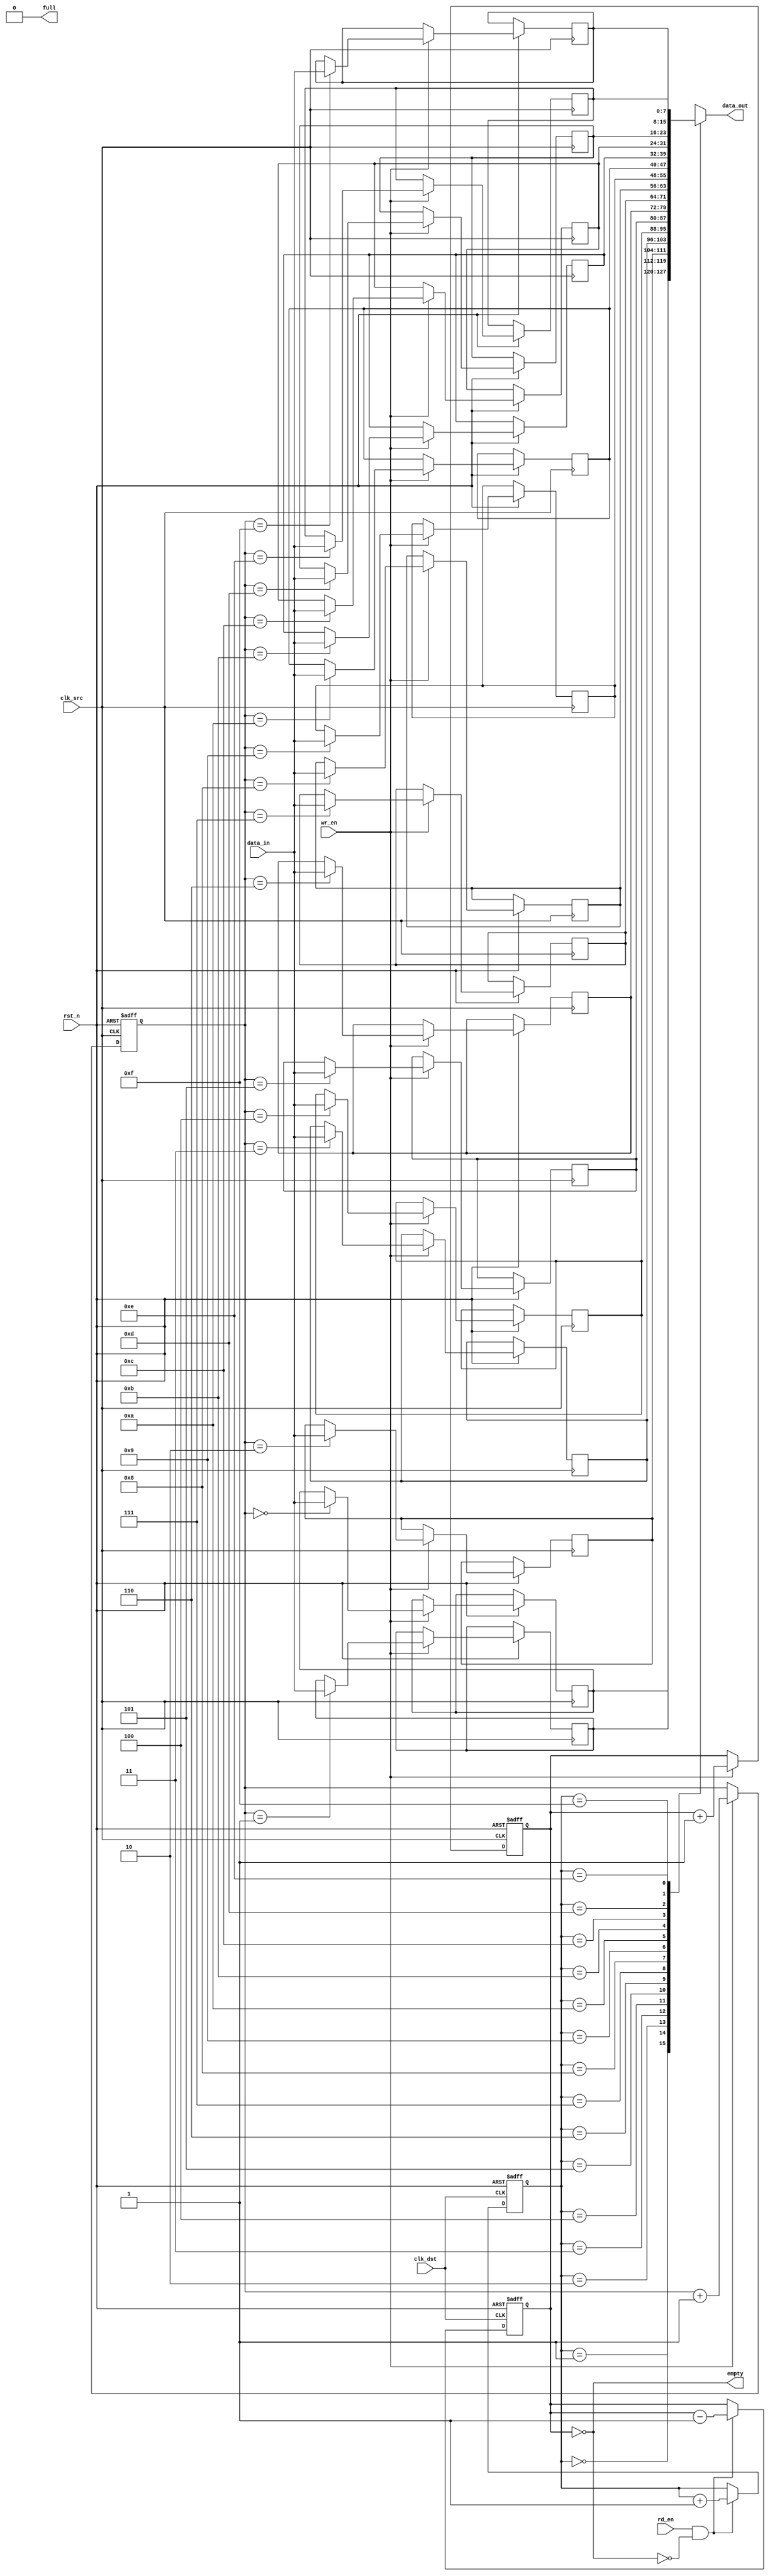
module fifo_synchronizer #(
    parameter DATA_WIDTH = 8,     // Width of the data bus
    parameter FIFO_DEPTH = 16      // Depth of the FIFO
)(
    input wire clk_src,            // Source clock
    input wire clk_dst,            // Destination clock
    input wire rst_n,              // Asynchronous reset (active low)
    
    input wire [DATA_WIDTH-1:0] data_in, // Data input from source clock domain
    input wire wr_en,              // Write enable signal from source clock domain
    output wire full,              // FIFO full flag
    output wire empty,             // FIFO empty flag
    
    output wire [DATA_WIDTH-1:0] data_out, // Data output to destination clock domain
    input wire rd_en               // Read enable signal from destination clock domain
);

    // FIFO memory
    reg [DATA_WIDTH-1:0] fifo_mem [0:FIFO_DEPTH-1];
    
    // Write and read pointers
    reg [$clog2(FIFO_DEPTH)-1:0] wr_ptr;
    reg [$clog2(FIFO_DEPTH)-1:0] rd_ptr;
    
    // Status flags
    reg [3:0] fifo_count; // Count of items in FIFO

    // Full and empty flags
    assign full = (fifo_count == FIFO_DEPTH);
    assign empty = (fifo_count == 0);
    assign data_out = fifo_mem[rd_ptr];

    // Write operation (source clock domain)
    always @(posedge clk_src or negedge rst_n) begin
        if (!rst_n) begin
            wr_ptr <= 0;
            fifo_count <= 0;
        end else if (wr_en && !full) begin
            fifo_mem[wr_ptr] <= data_in;
            wr_ptr <= wr_ptr + 1;
            fifo_count <= fifo_count + 1;
        end
    end

    // Read operation (destination clock domain)
    always @(posedge clk_dst or negedge rst_n) begin
        if (!rst_n) begin
            rd_ptr <= 0;
            fifo_count <= 0;
        end else if (rd_en && !empty) begin
            rd_ptr <= rd_ptr + 1;
            fifo_count <= fifo_count - 1;
        end
    end

endmodule